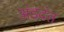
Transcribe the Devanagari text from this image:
अंडदंत